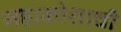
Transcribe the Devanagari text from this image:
महाकोशाची